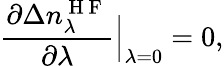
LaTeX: \frac{\partial\Delta n_{\lambda}^{\mathrm{~H~F~}}}{\partial\lambda}\Big|_{\lambda=0}=0,